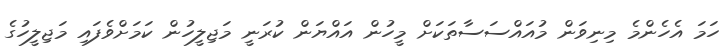
ހަމަ އެހެންމެ މިނިވަން މުއައްސަސާތަކަށް މީހުން އައްޔަން ކުރަނީ މަޖިލީހުން ކަމަށްވެފައި މަޖިލީހުގެ